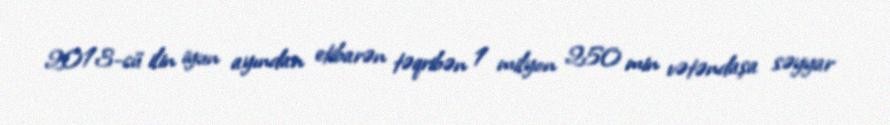
2013-cü ilin iyun ayından etibarən təqribən 1 milyon 250 min vətəndaşa səyyar